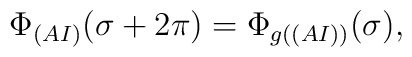
\Phi_{(AI)}(\sigma +2\pi ) = \Phi_{g((AI))}(\sigma),